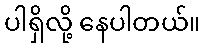
ပါရှိလို့ နေပါတယ်။